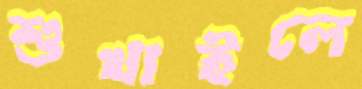
শুখাইলে